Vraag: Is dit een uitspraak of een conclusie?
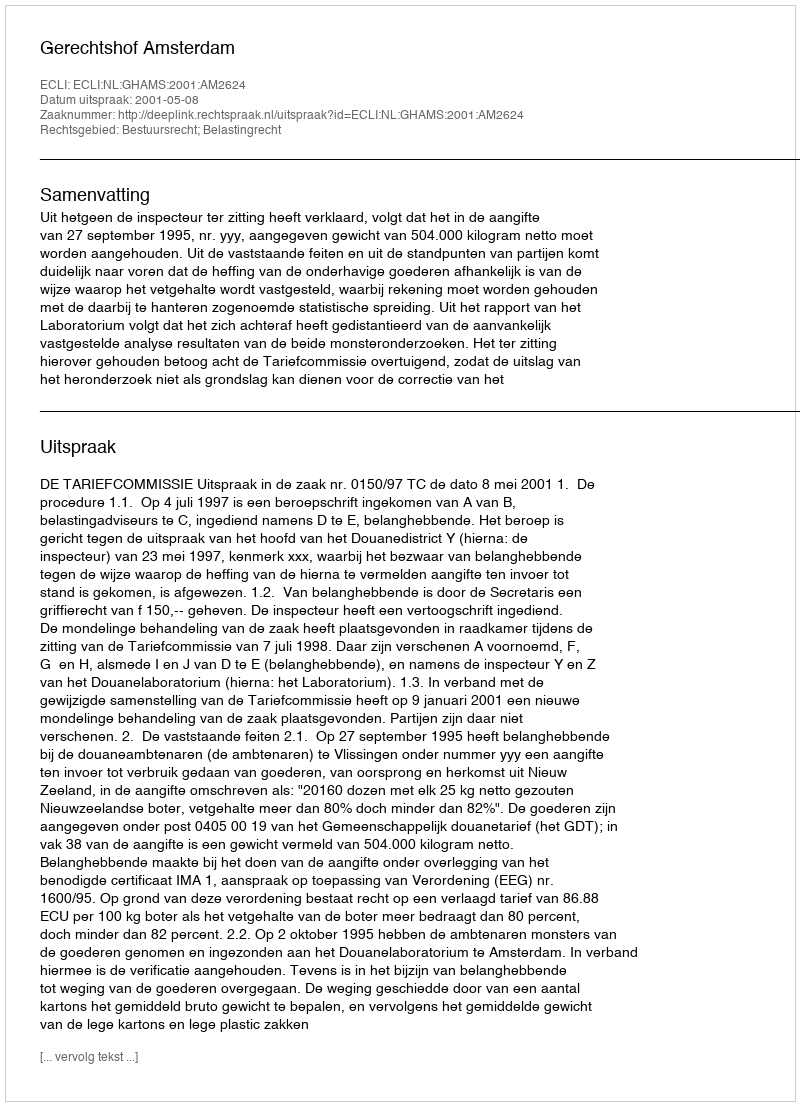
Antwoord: Uitspraak